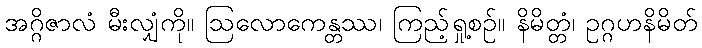
အဂ္ဂိဇာလံ မီးလျှံကို။ ဩလောကေန္တဿ၊ ကြည့်ရှု့စဉ်။ နိမိတ္တံ၊ ဥဂ္ဂဟနိမိတ်